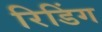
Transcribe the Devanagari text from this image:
रिडिंग